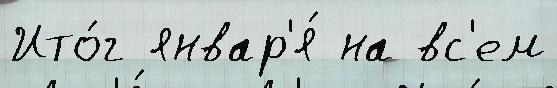
Ито́г январ'я́ на вс'ем